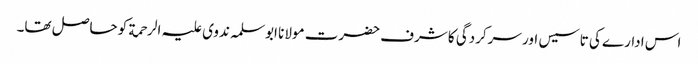
اس ادارے کی تاسیس اور سرکردگی کا شرف حضرت مولانا ابوسلمہ ندوی علیہ الرحمة کو حاصل تھا۔